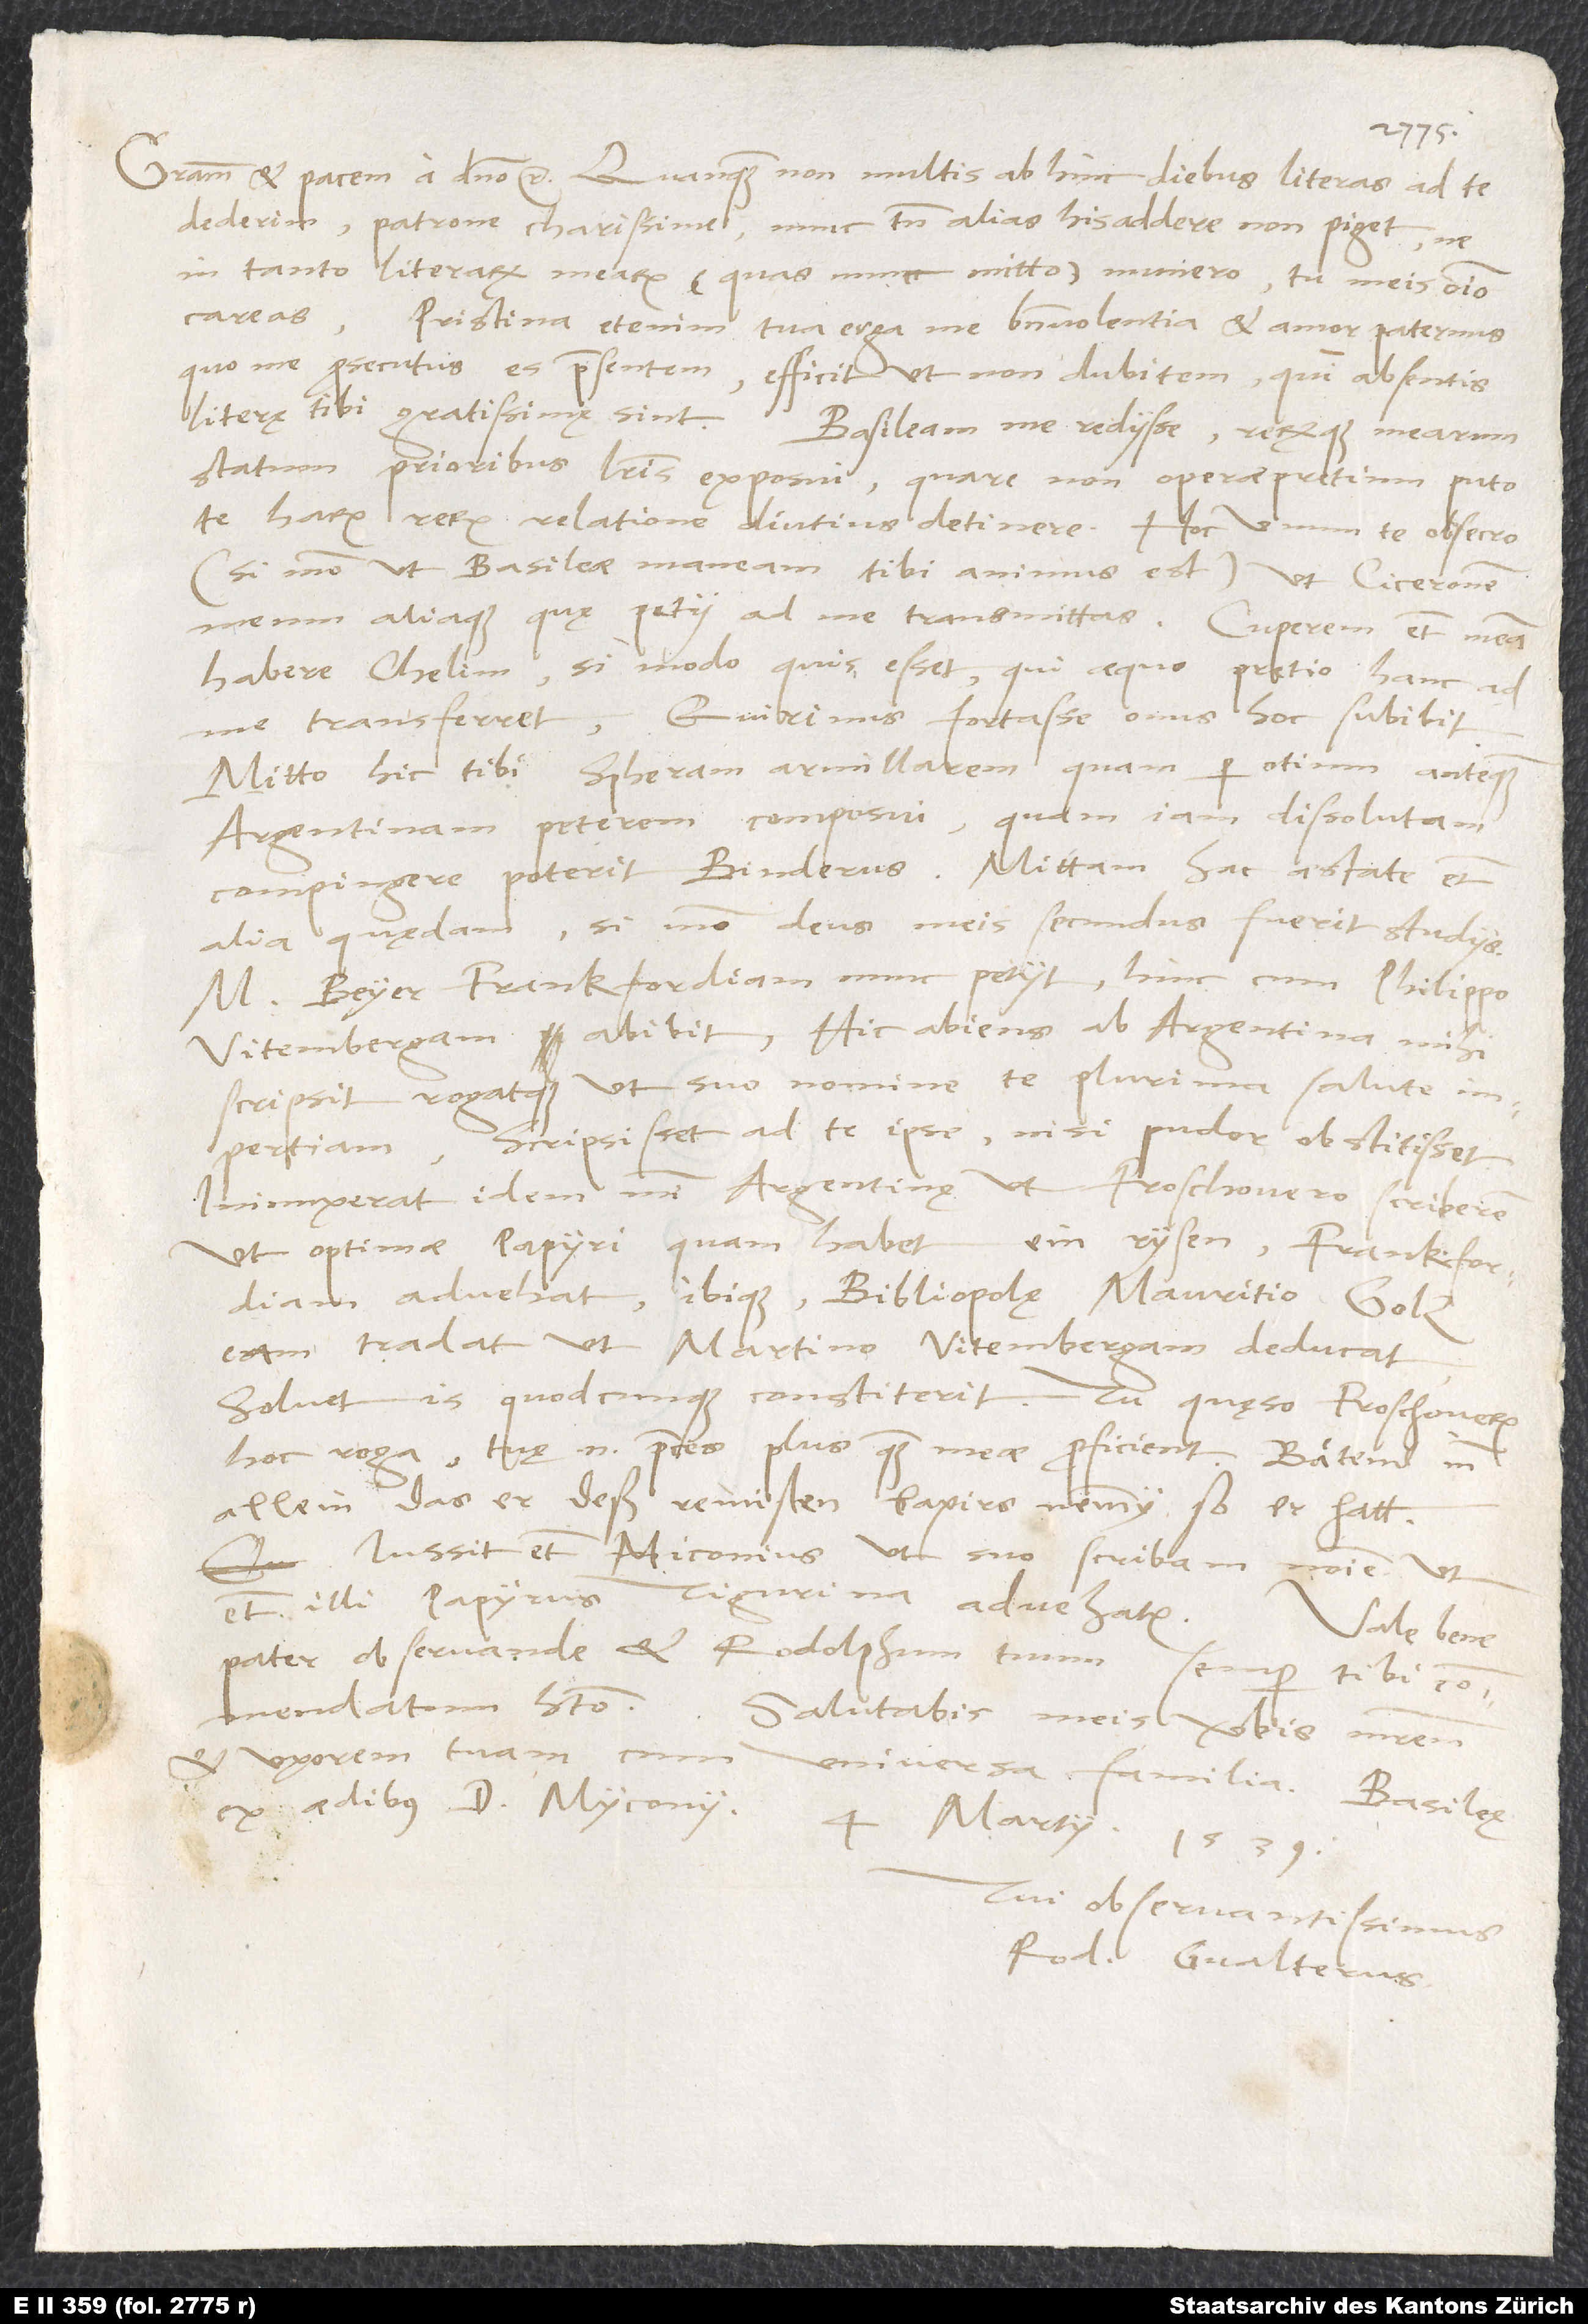
dederim, patrone charissime, nunc tamen alias his addere non piget, ne
in tanto literarum mearum (quas nunc mitto) numero tu meis omnino
careas.
Pristina etenim tua erga me benevolentia et amor paternus,
quo me prosecutus es praesentem, efficit, ut non dubitem, quin absentis
statum prioribus literis exposui, quare non operae pretium puto
te harum rerum relatione diutius detinere. Hoc unum te obsecro
(si modo, ut Basileae maneam, tibi animus est), ut Ciceronem
meum aliaque, quę petii, ad me transmittas. Cuperem etiam meam
habere chelim, si modo quis esset, qui aequo pretio hanc ad
me transferret. Quirinus fortasse onus hoc subibit.
Mitto hic tibi spheram armillarem, quam per otium, antequam
Argentinam peterem, composui, quam iam dissolutam
alia quędam, si modo deus meis secundus fuerit studiis.
M Beyer Frankfordiam nunc petiit; hinc cum Philippo
Vitembergam abibit. Hic abiens ab Argentina mihi
scripsit rogatque, ut suo nomine te plurima salute
impertiam. Scripsisset ad te ipse, nisi pudor obstitisset.
Iniunxerat idem mihi Argentinę, ut Froschouero scriberem,
ut optimae papyri, quam habet, ein rysen Frankfordiam
advehat ibique bibliopolę Mauritio Golz
eam tradat, ut Martino Witembergam deducat.
Solvet is, quodcunque constiterit. Tu, quęso, Froschouerum
hoc roga; tuę enim preces plus quam meae proficient. Bätend inn
allein, das er deß reinisten bapirs nemmy, so er hatt.
Iussit etiam Miconius, ut suo scribam nomine, ut
illi papyrus Tigurina advehatur.
Vale bene,
pater observande, et Rodolphum tuum semper tibi
commendatum habeto. Salutabis meis verbis matrem
et uxorem tuam cum
ex aedibus d. Myconii,
4. martii 1539.
Tui observantissimus
Rod. Gvalterus.